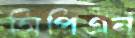
সিপিএন